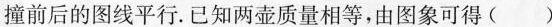
撞前后的图线平行。已知两壶质量相等，由图象可得()